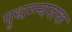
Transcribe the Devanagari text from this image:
पृथग्न्यसक